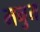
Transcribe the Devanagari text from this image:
मनुय